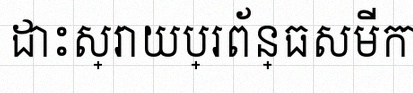
ដោះស្រាយប្រព័ន្ធសមីការ